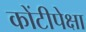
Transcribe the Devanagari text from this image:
कोंटीपेक्षा